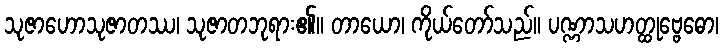
သုဇာဟောသုဇာတဿ၊ သုဇာတဘုရား၏။ တာယော၊ ကိုယ်တော်သည်။ ပဏ္ဏာသဟတ္ထုဗ္ဗေဓော၊